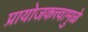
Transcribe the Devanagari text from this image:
प्रायोजकत्त्वामुळे